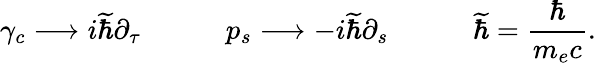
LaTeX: \gamma_{c}\longrightarrow i{\widetilde{\hbar}}\partial_{\tau}\qquad\quad p_{s}\longrightarrow-i{\widetilde{\hbar}}\partial_{s}\qquad\quad{\widetilde{\hbar}}={\frac{\hbar}{m_{e}c}}.